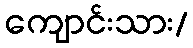
ကျောင်းသား/